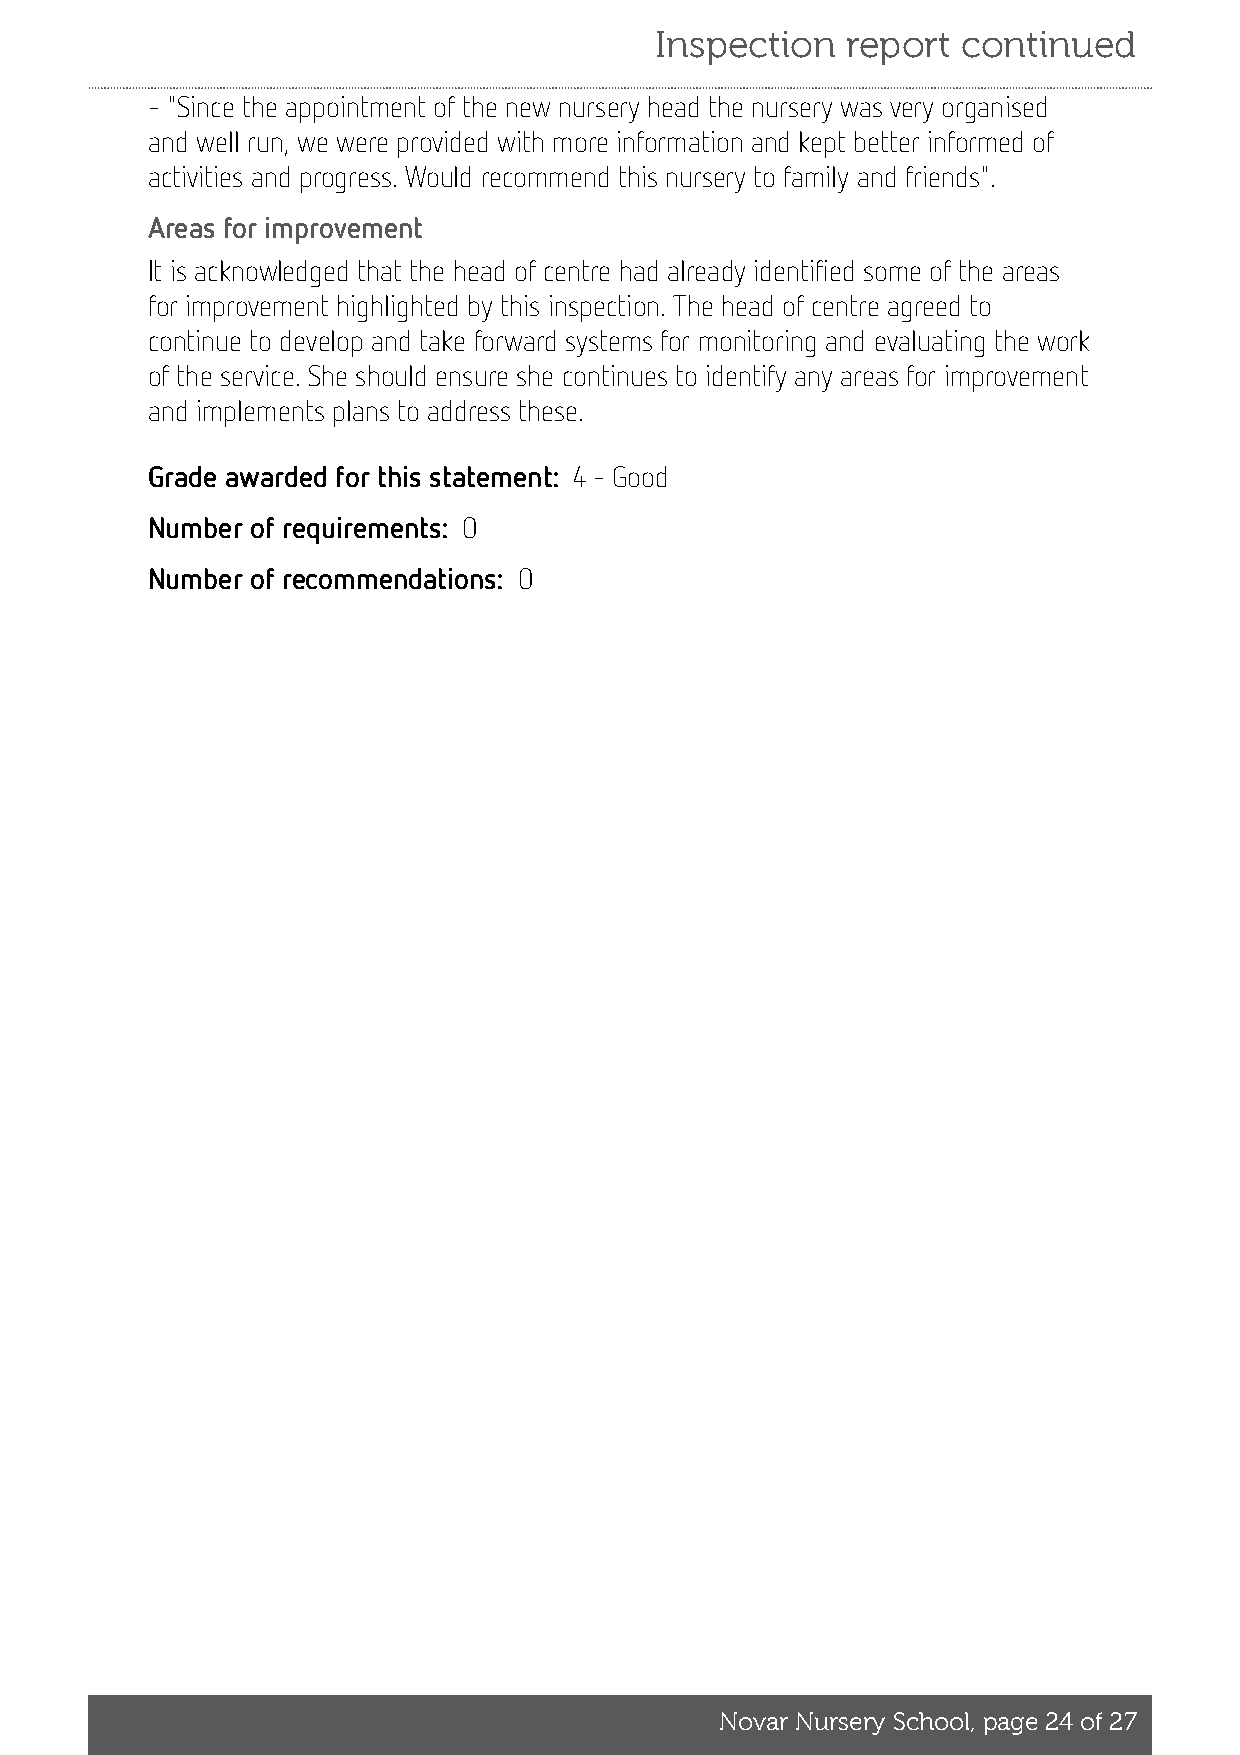
Inspection   report  continued
 - "Since the appointment of the new nursery head the nursery was very organised
 and well run, we were provided with more information and kept better informed of
 activities and progress. Would recommend this nursery to family and friends".
 Areas for improvement
 It is acknowledged that the head of centre had already identified some of the areas
 for improvement highlighted by this inspection. The head of centre agreed to
 continue to develop and take forward systems for monitoring and evaluating the work
 of the service. She should ensure she continues to identify any areas for improvement
 and implements plans to address these.
 Grade awarded for this statement: 4 - Good
 Number of requirements: 0
 Number of recommendations: 0
 Novar Nursery School, page 24 of 27